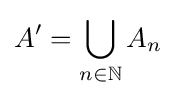
A'=\bigcup _{n\in \mathbb {N} }A_{n}